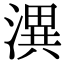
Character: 潩